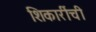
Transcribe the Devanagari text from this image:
शिकारींची